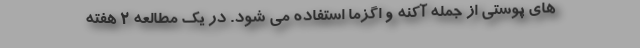
های پوستی از جمله آکنه و اگزما استفاده می شود. در یک مطالعه 2 هفته